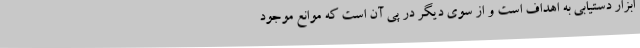
ابزار دستیابی به اهداف است و از سوی دیگر در پی آن است که موانع موجود